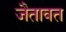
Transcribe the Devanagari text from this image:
जैतावत